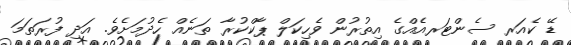
ޑޭ ކެއަރ ސެންޓަރއެއްގެ އިތުރުން ވެހިކަލް ޕާކްކުރާ ތަނެއް ހެދުމަށެވެ. އަދި ފުރަތަމަ